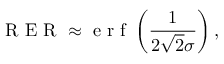
\mathrm { ~ R ~ E ~ R ~ } \approx \textup { e r f } \left( \frac { 1 } { 2 \sqrt { 2 } \sigma } \right) ,